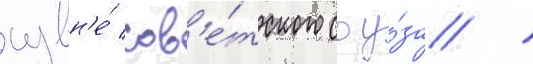
извн'е́ сов'е́тского соу́за /